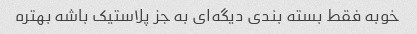
خوبه فقط بسته بندی دیگه‌ای به جز پلاستیک باشه بهتره